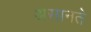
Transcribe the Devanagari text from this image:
असानते